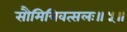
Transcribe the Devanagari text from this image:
सौमित्रिवत्सलः॥५॥